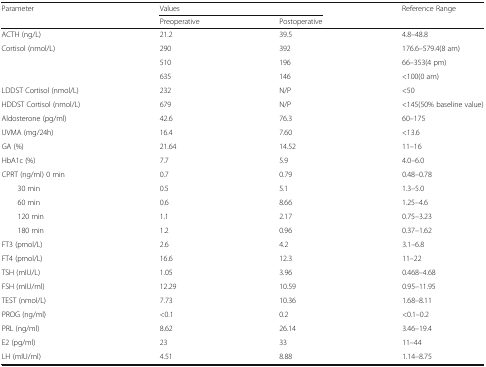
| <ROWSPAN=2> Parameter | <COLSPAN=2> Values | <ROWSPAN=2> Reference Range |
 | Preoperative | Postoperative |
 | --- | --- | --- | --- |
 | ACTH (ng/L) | 21.2 | 39.5 | 4.8–48.8 |
 | <ROWSPAN=3> Cortisol (nmol/L) | 290 | 392 | 176.6–579.4(8 am) |
 | 510 | 196 | 66–353(4 pm) |
 | 635 | 146 | <100(0 am) |
 | LDDST Cortisol (nmol/L) | 232 | N/P | <50 |
 | HDDST Cortisol (nmol/L) | 679 | N/P | <145(50% baseline value) |
 | Aldosterone (pg/ml) | 42.6 | 76.3 | 60–175 |
 | UVMA (mg/24h) | 16.4 | 7.60 | <13.6 |
 | GA (%) | 21.64 | 14.52 | 11–16 |
 | HbA1c (%) | 7.7 | 5.9 | 4.0–6.0 |
 | CPRT (ng/ml) 0 min | 0.7 | 0.79 | 0.48–0.78 |
 | 30 min | 0.5 | 5.1 | 1.3–5.0 |
 | 60 min | 0.6 | 8.66 | 1.25–4.6 |
 | 120 min | 1.1 | 2.17 | 0.75–3.23 |
 | 180 min | 1.2 | 0.96 | 0.37–1.62 |
 | FT3 (pmol/L) | 2.6 | 4.2 | 3.1–6.8 |
 | FT4 (pmol/L) | 16.6 | 12.3 | 11–22 |
 | TSH (mIU/L) | 1.05 | 3.96 | 0.468–4.68 |
 | FSH (mIU/ml) | 12.29 | 10.59 | 0.95–11.95 |
 | TEST (nmol/L) | 7.73 | 10.36 | 1.68–8.11 |
 | PROG (ng/ml) | <0.1 | 0.2 | <0.1–0.2 |
 | PRL (ng/ml) | 8.62 | 26.14 | 3.46–19.4 |
 | E2 (pg/ml) | 23 | 33 | 11–44 |
 | LH (mIU/ml) | 4.51 | 8.88 | 1.14–8.75 |